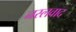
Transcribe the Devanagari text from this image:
नस्‍लवाद